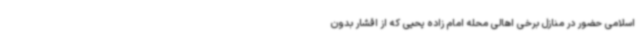
اسلامی حضور در منازل برخی اهالی محله امام زاده یحیی که از اقشار بدون